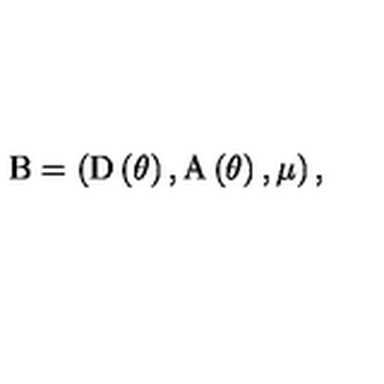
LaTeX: \mathrm { B } = \left( \mathrm { D } \left( \theta \right) , \mathrm { A } \left( \theta \right) , \mu \right) ,